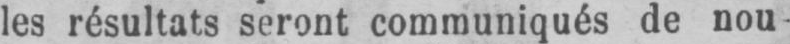
les résultats seront communiqués de nou-